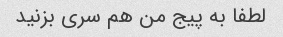
لطفا به پیج من هم سری بزنید